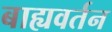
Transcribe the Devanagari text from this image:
बाह्यवर्तन